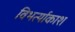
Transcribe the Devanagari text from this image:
विभर्त्याकाश